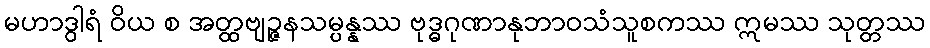
မဟာဒွါရံ ဝိယ စ အတ္ထဗျဉ္ဇနသမ္ပန္နဿ ဗုဒ္ဓဂုဏာနုဘာဝသံသူစကဿ ဣမဿ သုတ္တဿ